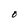
Character: O